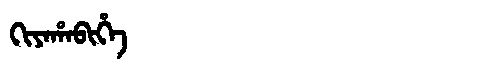
Manchu: ᡴᡳᠶᠠᡥᠠᠪᡳᡥᡝ
Romanization: KIYAHABIHE